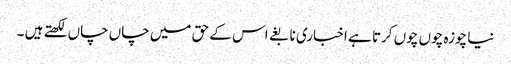
نیا چوزہ چوں چوں کرتا ہے اخباری نابغے اس کے حق میں چاں چاں لکھتے ہیں ۔